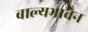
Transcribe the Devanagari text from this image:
बाल्यभावेन